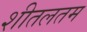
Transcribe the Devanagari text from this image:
शीतलतम